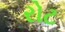
રોટ